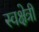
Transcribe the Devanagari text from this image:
स्वक्षेत्री